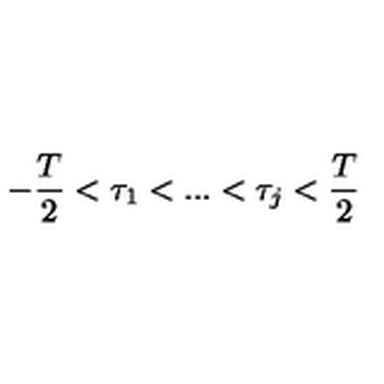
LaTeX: - { \frac { T } { 2 } } < \tau _ { 1 } < . . . < \tau _ { j } < { \frac { T } { 2 } }